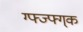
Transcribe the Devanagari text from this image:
ग्फ्ज्फ्ग्क